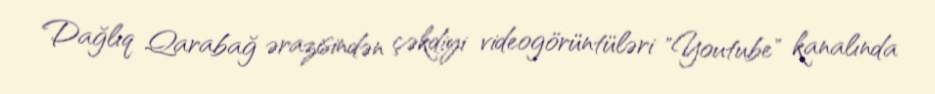
Dağlıq Qarabağ ərazisindən çəkdiyi videogörüntüləri "Youtube" kanalında